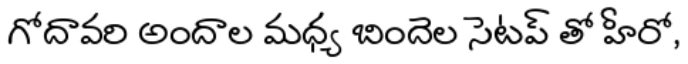
గోదావరి అందాల మధ్య బిందెల సెటప్ తో హీరో,